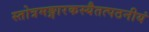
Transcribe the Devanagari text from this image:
स्तोत्रमङ्गारकस्यैतत्पठनीयं